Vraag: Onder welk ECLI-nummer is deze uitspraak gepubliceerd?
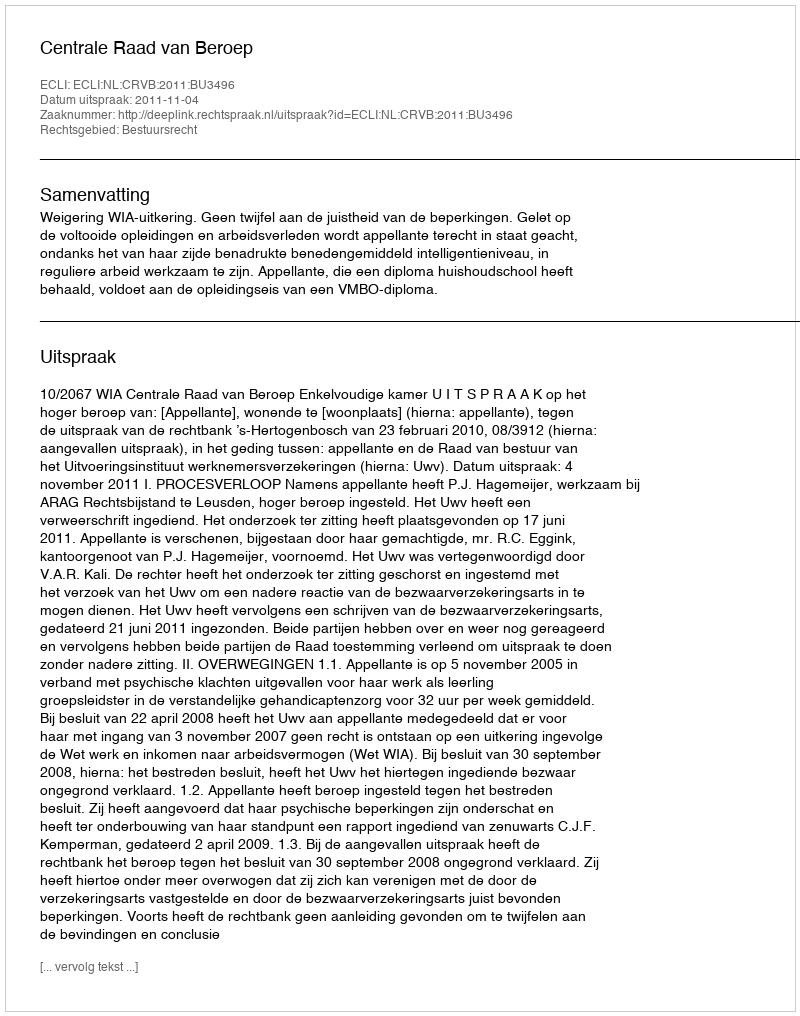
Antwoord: ECLI:NL:CRVB:2011:BU3496